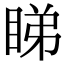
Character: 睇